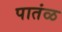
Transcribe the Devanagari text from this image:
पातंळ